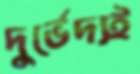
দুর্ভেদ্যই